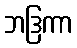
ဘဒြကာ